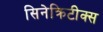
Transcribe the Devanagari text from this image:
सिनेक्रिटीक्स